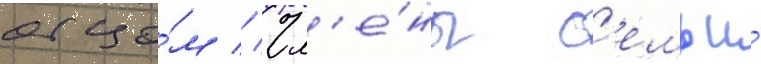
отцо́м // Чл'е́ны с'емьи́